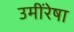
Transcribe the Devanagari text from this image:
उमींरेषा